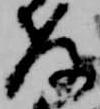
教